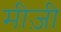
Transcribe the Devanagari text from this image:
मीज़ी